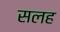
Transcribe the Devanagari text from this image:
सलह